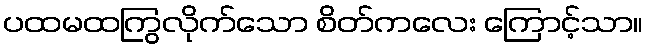
ပထမထကြွလိုက်သော စိတ်ကလေး ကြောင့်သာ။